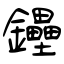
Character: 鑸